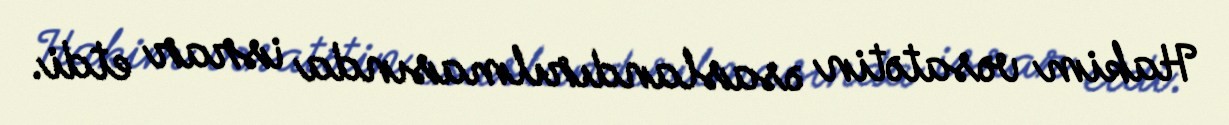
Hakim vəsatətin əsaslandırılmasında israr etdi.